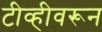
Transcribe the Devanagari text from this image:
टीव्हीवरून